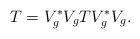
\begin{align*} T= V_g^\ast V_g T V_g^\ast V_g. \end{align*}